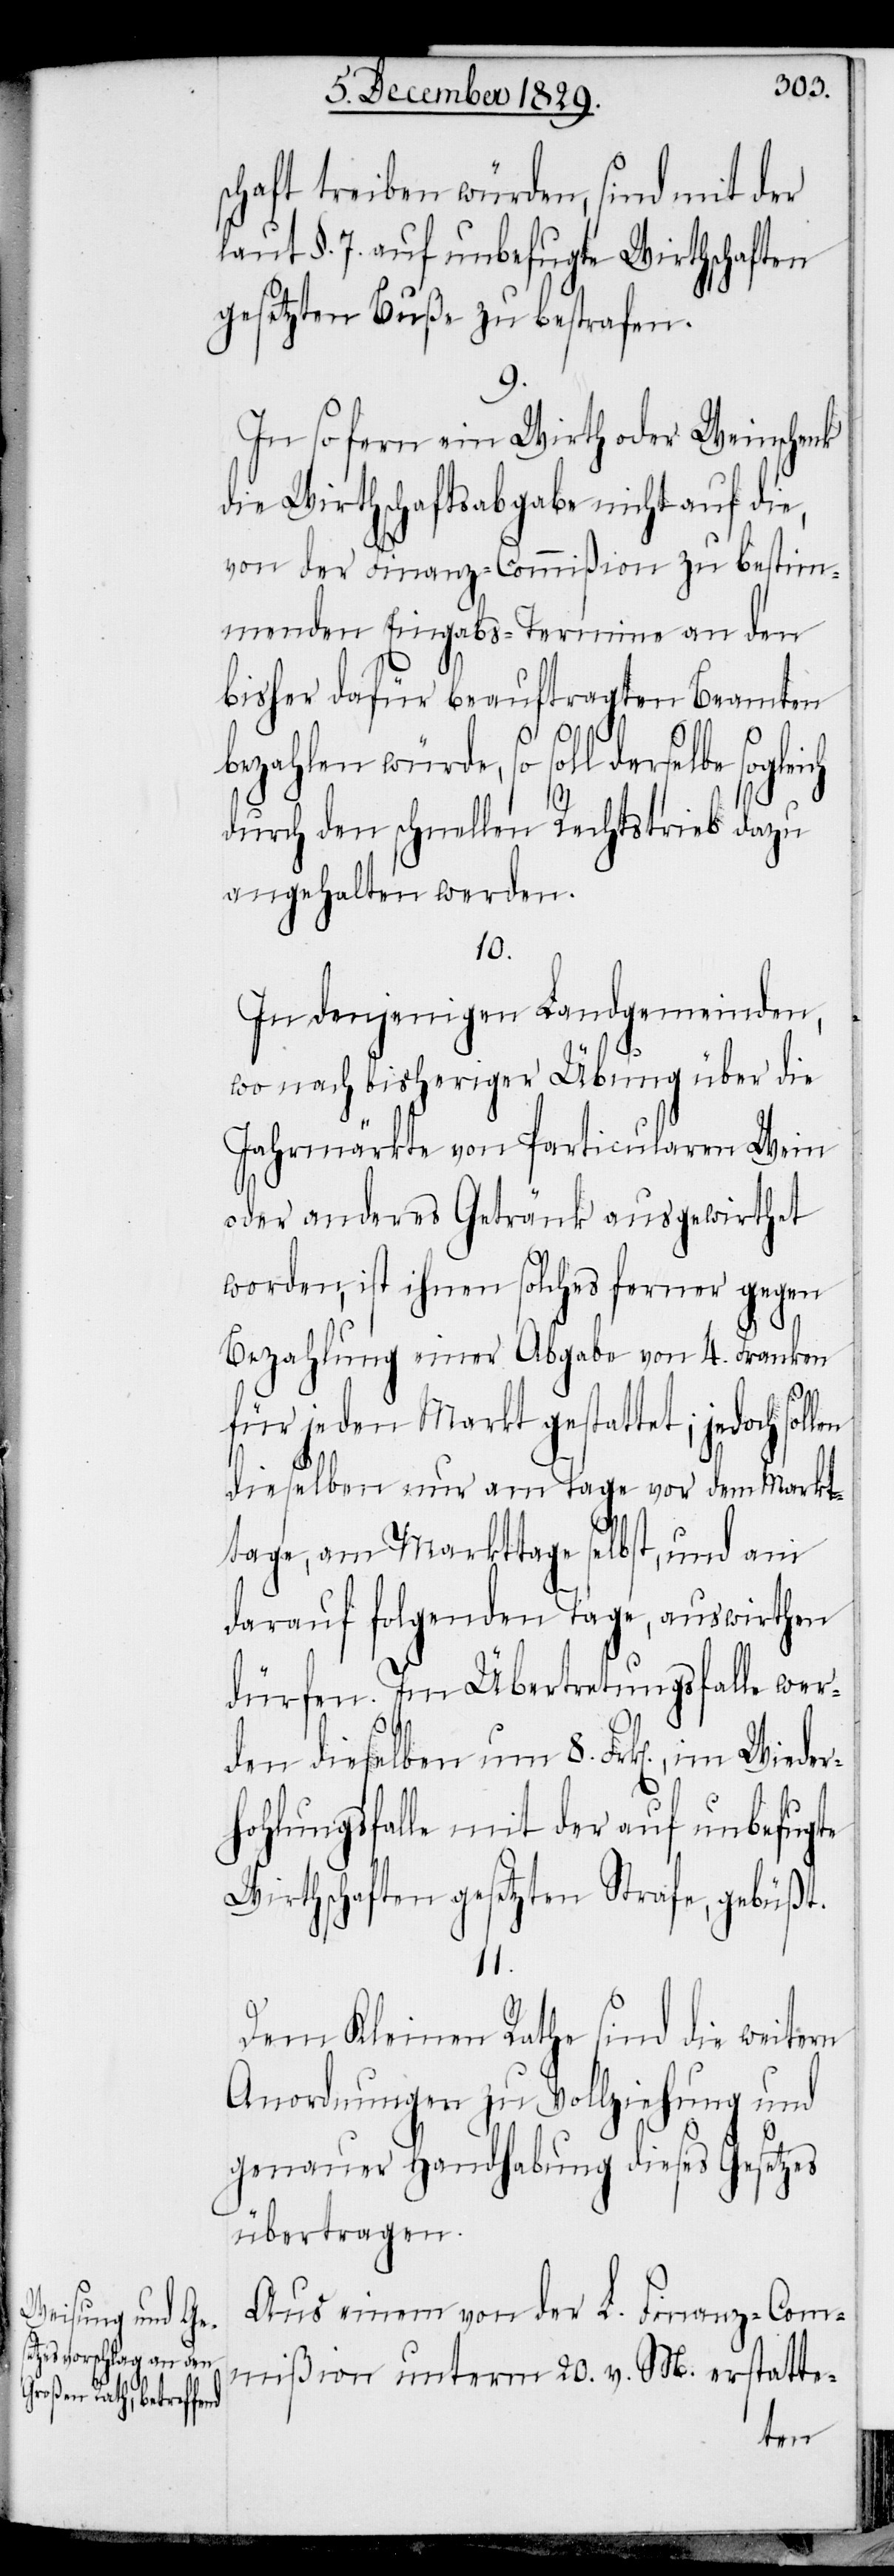
schaft treiben würden, sind mit der
laut §. 7. auf unbefugte Wirthschaften
gesetzten Buße zu bestrafen.
9.
In so fern ein Wirth oder Weinschenk
die Wirthschaftsabgabe nicht auf die,
von der Finanz-Commißion zu bestim¬
menden Eingabs-Termine an den
bisher dafür beauftragten Beamten
bezahlen würde, so soll derselbe
durch den schnellen Rechtstrieb dazu
angehalten werden.
10.
In denjenigen Landgemeinden,
wo nach bisheriger Übung über die
Jahrmärkte von Particularen Wein
oder anderes Getränk ausgewirthet
worden, ist ihnen solches fehrner gegen
Bezahlung einer Abgabe von 4. Franken
für jeden Markt gestattet; jedoch sol¬
dieselben nur am Tage vor dem Markt¬
tage, am Markttage selbst, und am
darauf folgenden Tage, auswirthen
dürfen. Im Übertretungsfalle wer¬
den dieselben um 8. Frk[en]., im Wieder¬
hohlungsfalle mit der auf unbefugte
Wirthschaften gesetzten Strafe, gebüßt.
11.
Dem Kleinen Rathe sind die weitern
Anordnungen zu Vollziehung und
genauer Handhabung dieses Gesetzes
übertragen.
Aus einem von der L. Finanz-Com¬
mißion unterm 20. v. M. erstatte-
len